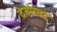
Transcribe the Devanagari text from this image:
देस्पेरादो